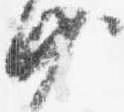
沙